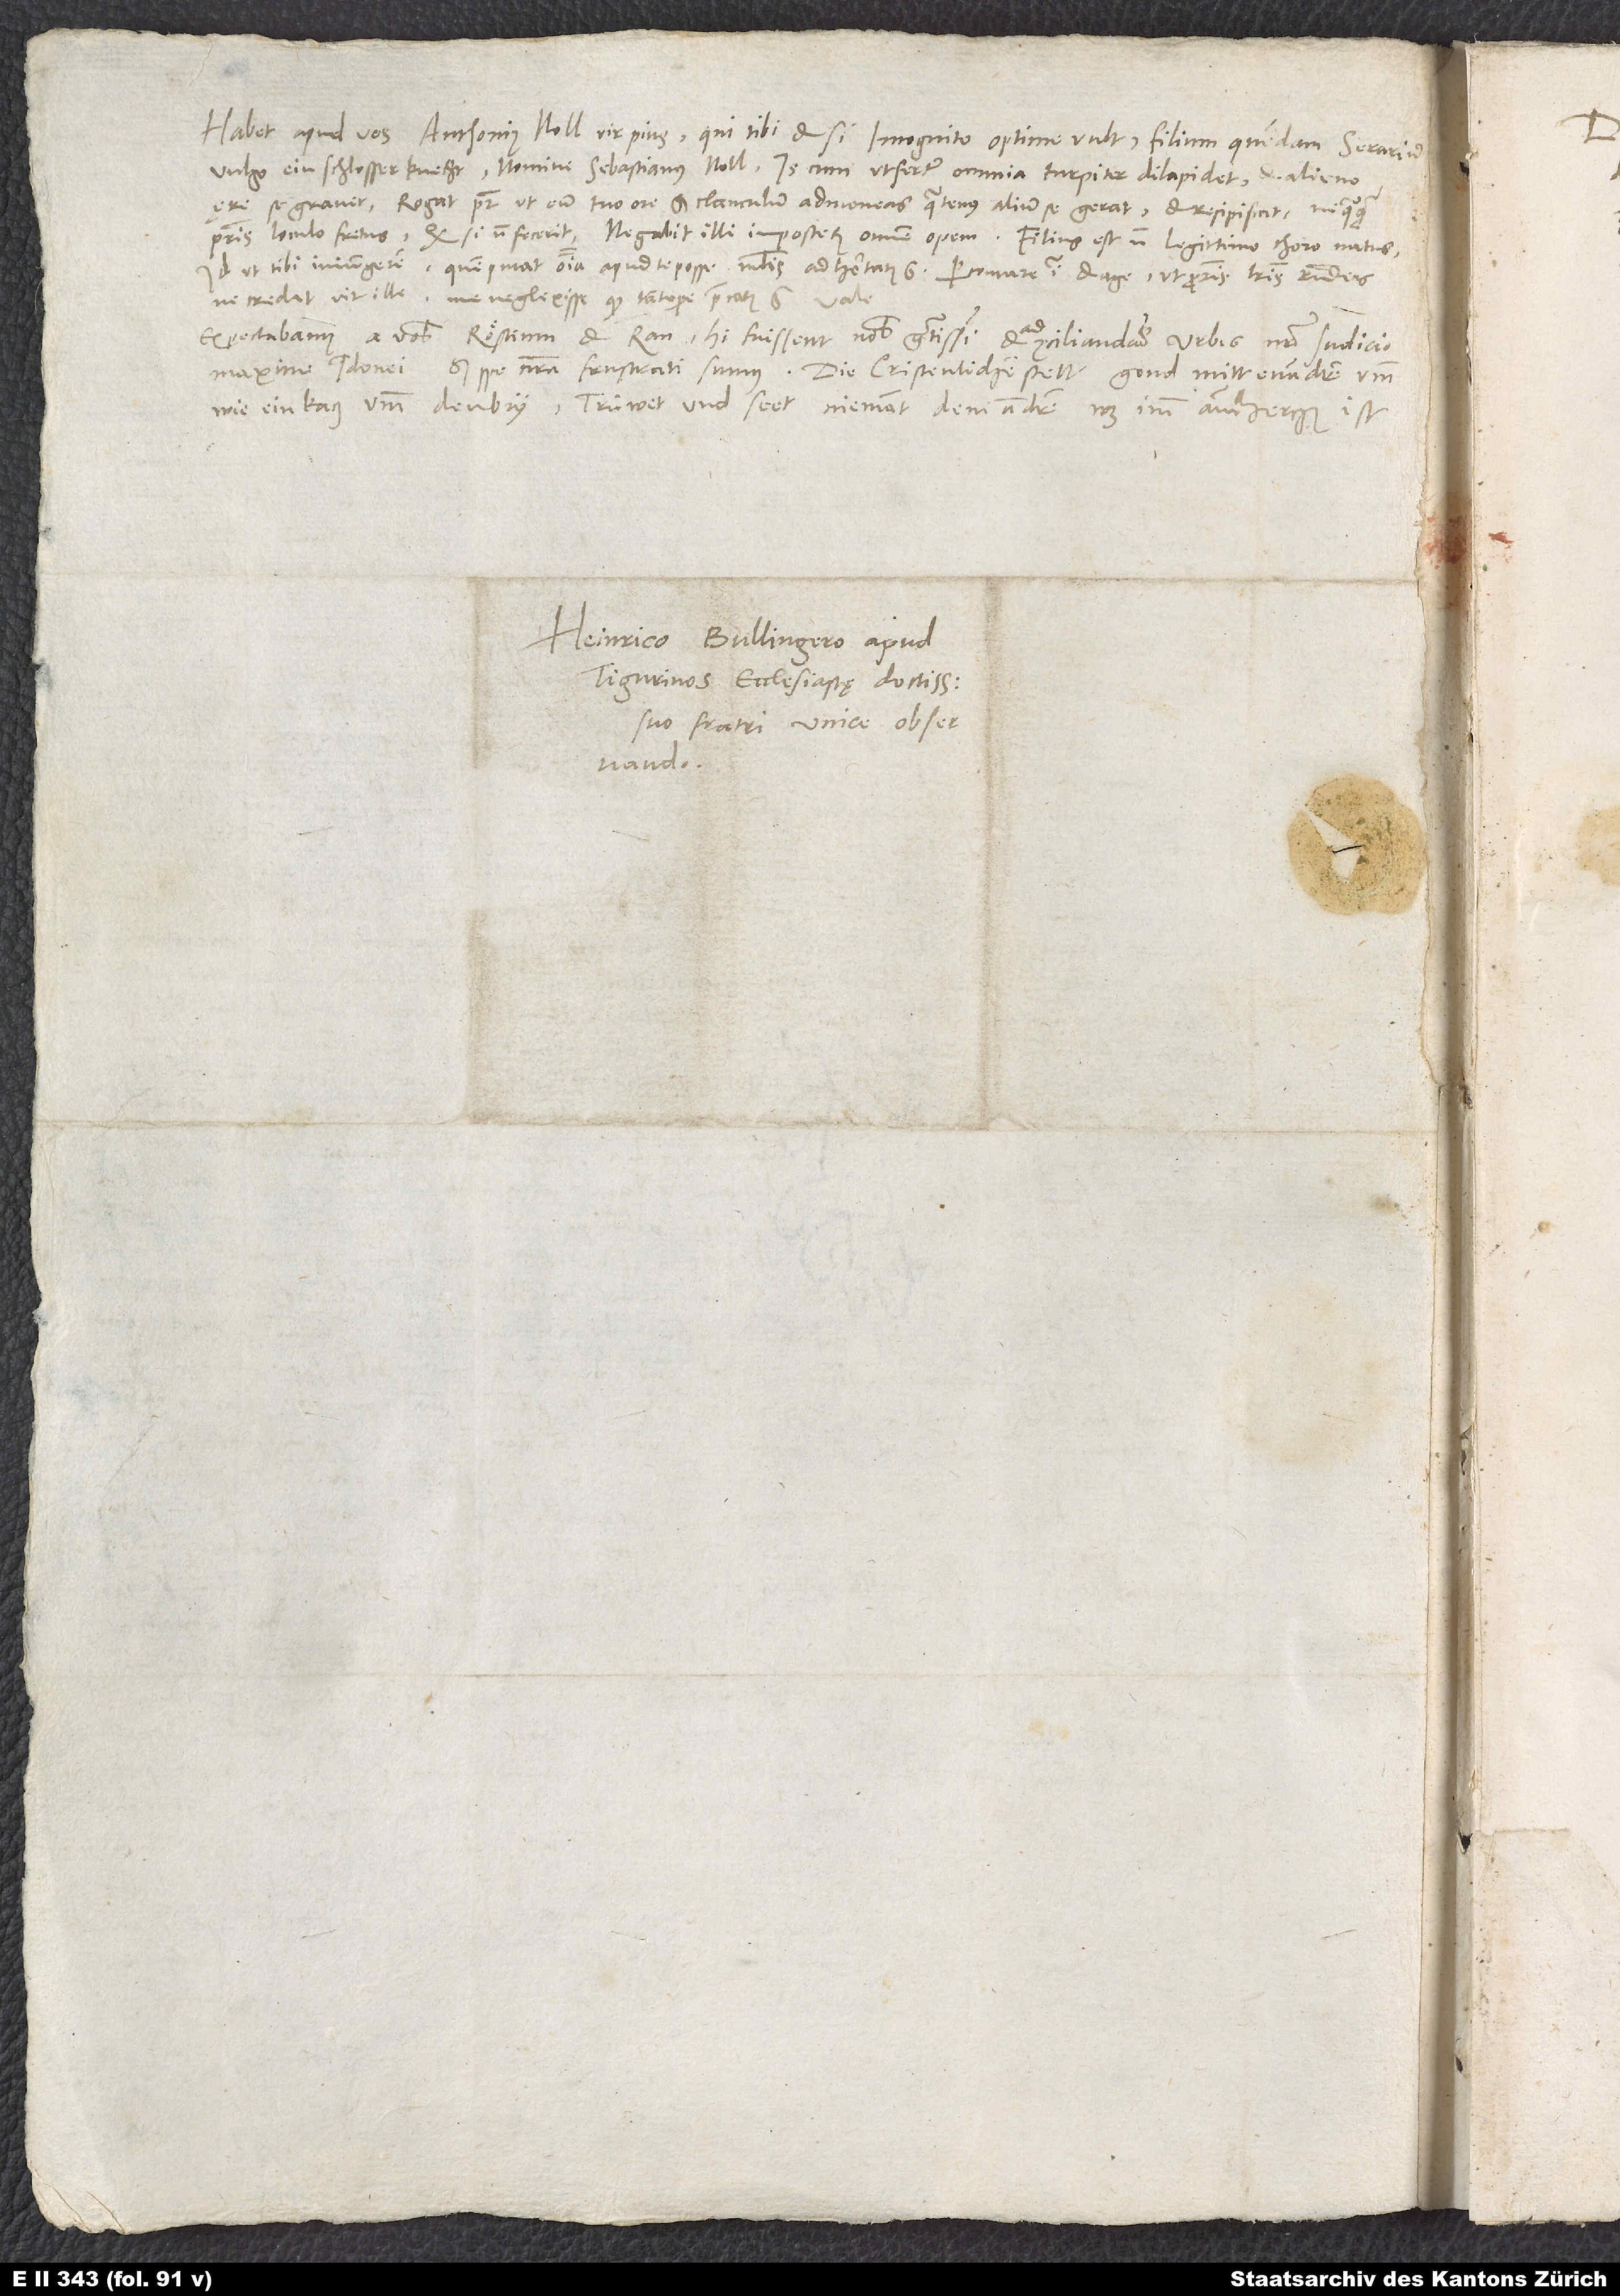
Habet apud vos Anthonius Noll, vir pius, qui tibi etsi incognito optime vult, filium quendam serarium,
vulgo ein schlosserknecht, nomine Sebastianus Noll. Is cum, ut fertur, omnia turpiter dilapidet et alieno
ęre se gravet, rogat pater, ut eum tuo ore et clanculum admoneas, quatenus alium se gerat et resipiscat nequaquam
patris loculo fretus. Quod si non fecerit, negabit illi imposterum omnem opem. Filius est non legitimo thoro natus.
Id ut tibi iniungerem, quem putat omnia apud te posse, multis adhortatus est. Percontare igitur et age, ut patris literis respondeas,
ne credat vir ille me neglexisse, quod tantopere precatus est.
Expectabamus a vobis Röstium et Ran. Hi fuissent nobis gratissimi et ad conciliandum urbes nostro iudicio
maxime idonei. Sed spe nostra frustrati sumus. Die cristenlichen stett gond mitt einandren umm
wie ein kacz umm den bry; trüwet und seet niemant dem andren, was imm amm herczen ist.
Heinrico Bullingero, apud
Tigurinos ecclesiastę doctissimo
suo fratri unice observando.